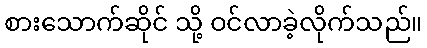
စားသောက်ဆိုင် သို့ ဝင်လာခဲ့လိုက်သည်။